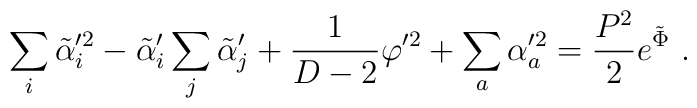
\sum_i \tilde\alpha_i^{\prime2} - \tilde\alpha_i'\sum_j\tilde\alpha_j'  + {1\over D-2} \varphi^{\prime2} + \sum_a \alpha_a^{\prime2} = {P^2 \over 2} e^{\tilde\Phi}  \ .